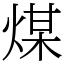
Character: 煤